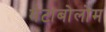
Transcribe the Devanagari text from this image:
मेटाबोलोम